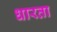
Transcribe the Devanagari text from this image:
धारता